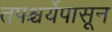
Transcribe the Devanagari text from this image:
तपश्चर्येपासून